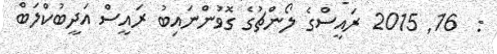
:  16